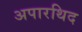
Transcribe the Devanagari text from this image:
अपारथिद